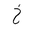
Letter: _kha